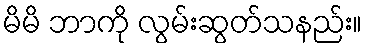
မိမိ ဘာကို လွမ်းဆွတ်သနည်း။